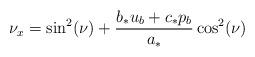
LaTeX: \begin{align*} {\nu}_x= \sin^2({\nu})+ \frac{b_* u_{b}+ c_* p_{b}}{a_*} \cos^2({\nu})\end{align*}